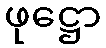
ဖုဋ္ဌော